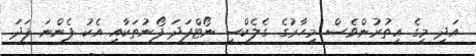
އަދި މީގެ އިތުރުންވެސް މިހާރުގެ ގެލެކްސީ ނޯޓްފަދަ ފޯނުތަކާއި އެކު ފެންނަ ފަދަ